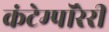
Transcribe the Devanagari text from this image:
कंटेम्पॉरेरी